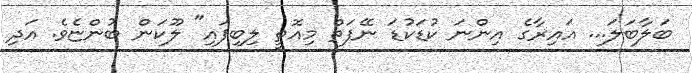
ބަލާބަލަ... އައިރާގެ އިންނަ ކުޑަކުޑަ ނޭފަތް މިއޮތީ ލިބިފައި" ލޫކަން ބުންޏެވެ. އަދި